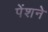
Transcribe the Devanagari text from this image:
पेंशने